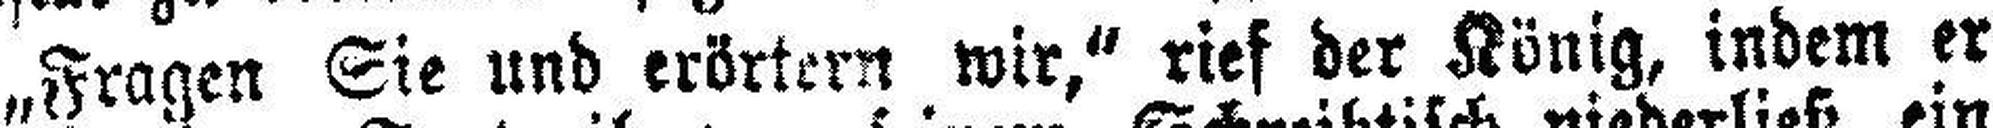
„Fragen Sie und erörtern wir,“ rief der König, indem er